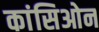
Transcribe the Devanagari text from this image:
कांसिओन